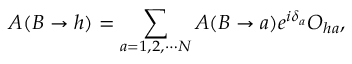
A ( B \rightarrow h ) = \sum _ { a = 1 , 2 , \cdots N } A ( B \rightarrow a ) e ^ { i \delta _ { a } } O _ { h a } ,